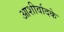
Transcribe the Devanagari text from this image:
आशीर्वादके